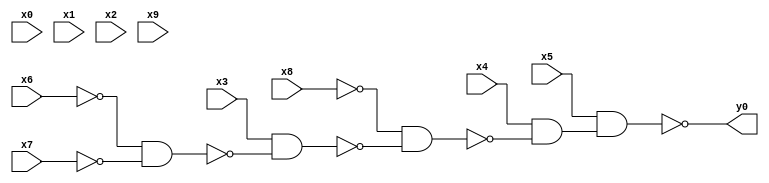
module top( x0 , x1 , x2 , x3 , x4 , x5 , x6 , x7 , x8 , x9 , y0 );
  input x0 , x1 , x2 , x3 , x4 , x5 , x6 , x7 , x8 , x9 ;
  output y0 ;
  wire n11 , n12 , n13 , n14 , n15 ;
  assign n11 = ~x6 & ~x7 ;
  assign n12 = x3 & ~n11 ;
  assign n13 = ~x8 & ~n12 ;
  assign n14 = x4 & ~n13 ;
  assign n15 = x5 & n14 ;
  assign y0 = ~n15 ;
endmodule